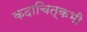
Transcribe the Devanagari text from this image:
कदाचित्‌कभी